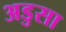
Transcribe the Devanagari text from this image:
अडुसा